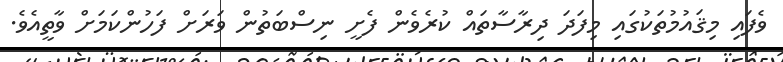
ވެފައި މިޤައުމުތަކުގައި މިފަދަ ދިރާސާތައް ކުރެވެން ފެށީ ނިސްބަތުން ވަރަށް ފަހުންކަމަށް ވާތީއެވެ.